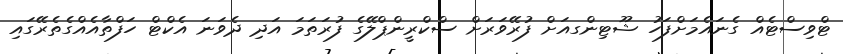
ޓްވިސްޓެއް ގެނައެމަށްފަހު ޝޫޓިންގއަށް ފުރޭވަރަށް ސްކްރީންޕްލޭގެ ފުރަތަމަ އަދި ދެވަނަ އެކްޓް ހަފްތާއެއްގެތެރޭގައި